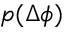
p ( \Delta \phi )